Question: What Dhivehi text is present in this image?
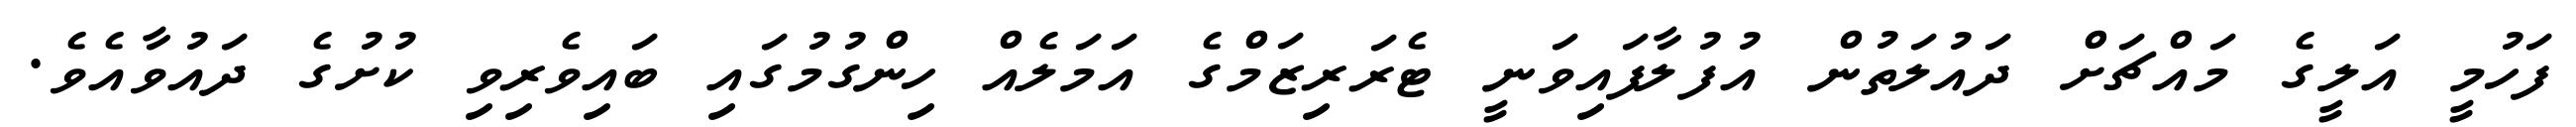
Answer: ފަހުމީ އަލީގެ މައްޗަށް ދައުލަތުން އުފުލާފައިވަނީ ޓެރަރިޒަމްގެ އަމަލެއް ހިންގުމުގައި ބައިވެރިވި ކުށުގެ ދައުވާއެވެ.